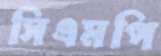
সিএমপি